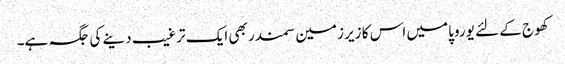
کھوج کے لئے یوروپا میں اس کا زیر زمین سمندر بھی ایک ترغیب دینے کی جگہ ہے۔